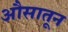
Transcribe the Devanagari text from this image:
औसातून